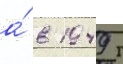
а́ в 1949 г